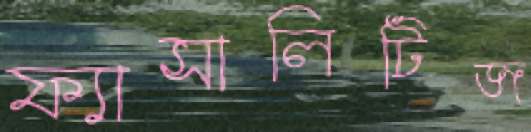
ফ্যাসালিটিজ